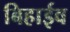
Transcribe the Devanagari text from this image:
बिहाईव